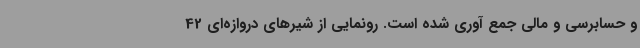
و حسابرسی و مالی جمع آوری شده است. رونمایی از شیرهای دروازه‌ای 42